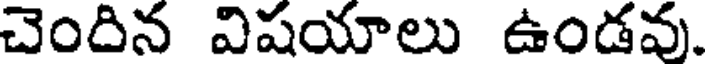
చెందిన విషయాలు ఉండవు.